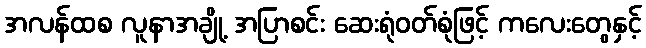
အလန်ထစ လူနာအချို့ အပြာစင်း ဆေးရုံဝတ်စုံဖြင့် ကလေးတွေနှင့်